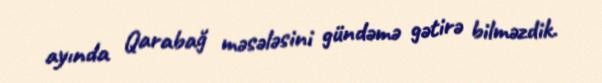
ayında Qarabağ məsələsini gündəmə gətirə bilməzdik.